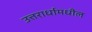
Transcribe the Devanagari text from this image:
उत्तरार्धामधील